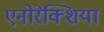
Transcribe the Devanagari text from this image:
एनोरेक्शिया